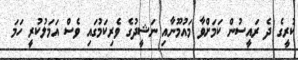
ކުރީގެ ދެ ރައީސުން ކަމަށްވާ މައުމޫނާއި ނަޝީދުގެ ވެރިކަމުގައި ވެސް އަމަލުކުރީ ހަމަ